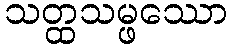
သတ္ထသမ္ဖဿော